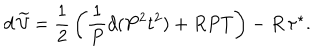
d \, \widetilde { \cal V } = { \frac { 1 } { 2 } } \left( { \frac { 1 } { P } } d ( P ^ { 2 } t ^ { 2 } ) + R P T \right) - R \, \tau ^ { \star } .